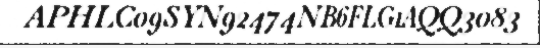
APHLC09SYN92474NB6FLG1AQQ3083